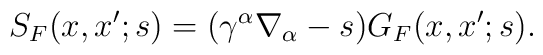
S_{F}(x,x';s)=(\gamma^\alpha\nabla_\alpha-s)G_{F}(x,x';s).